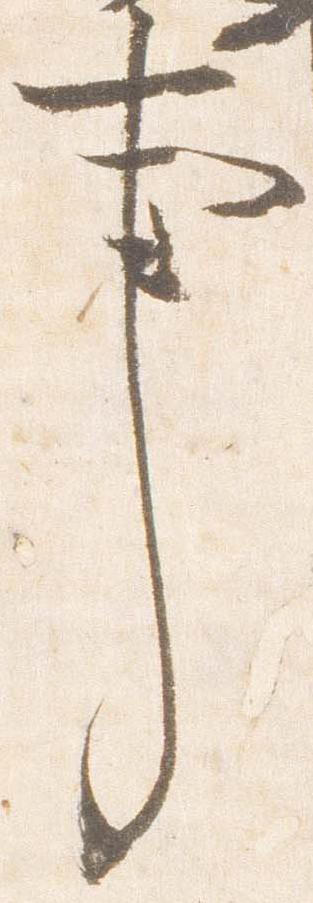
事